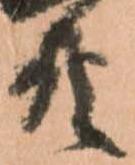
共